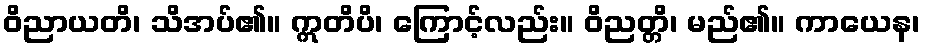
ဝိညာယတိ၊ သိအပ်၏။ ဣတိပိ၊ ကြောင့်လည်း။ ဝိညတ္တိ၊ မည်၏။ ကာယေန၊